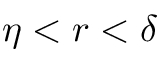
\eta < r < \delta